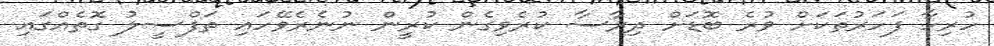
ހުރިހާ ފަހަރުތަކަށް ވުރެ ބޮޑަށް ދިރާސާ ކުރެވިގެން ކުރީން ނުނެރެވޭހައި ތަފްސީލު ގޮތެއްގައި